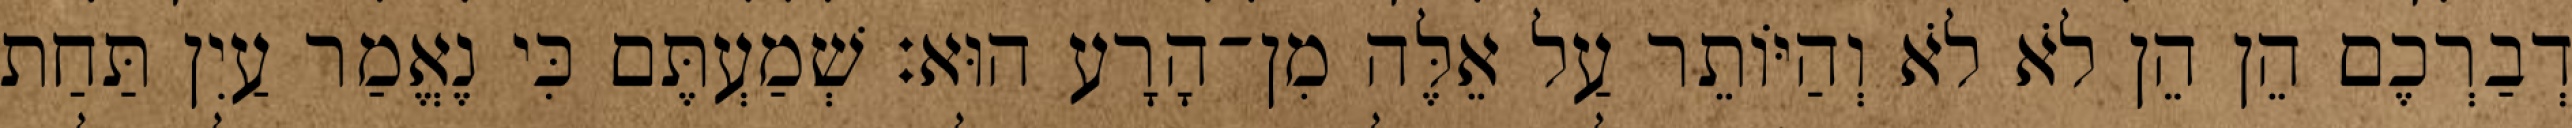
דְבַרְכֶם הֵן הֵן לֹא לֹא וְהַיּוֹתֵר עַל אֵלֶּה מִן־הָרָע הוּא׃ שְׁמַעְתֶּם כִּי נֶאֱמַר עַיִן תַּחַת